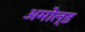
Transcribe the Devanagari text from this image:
अमोल्ड